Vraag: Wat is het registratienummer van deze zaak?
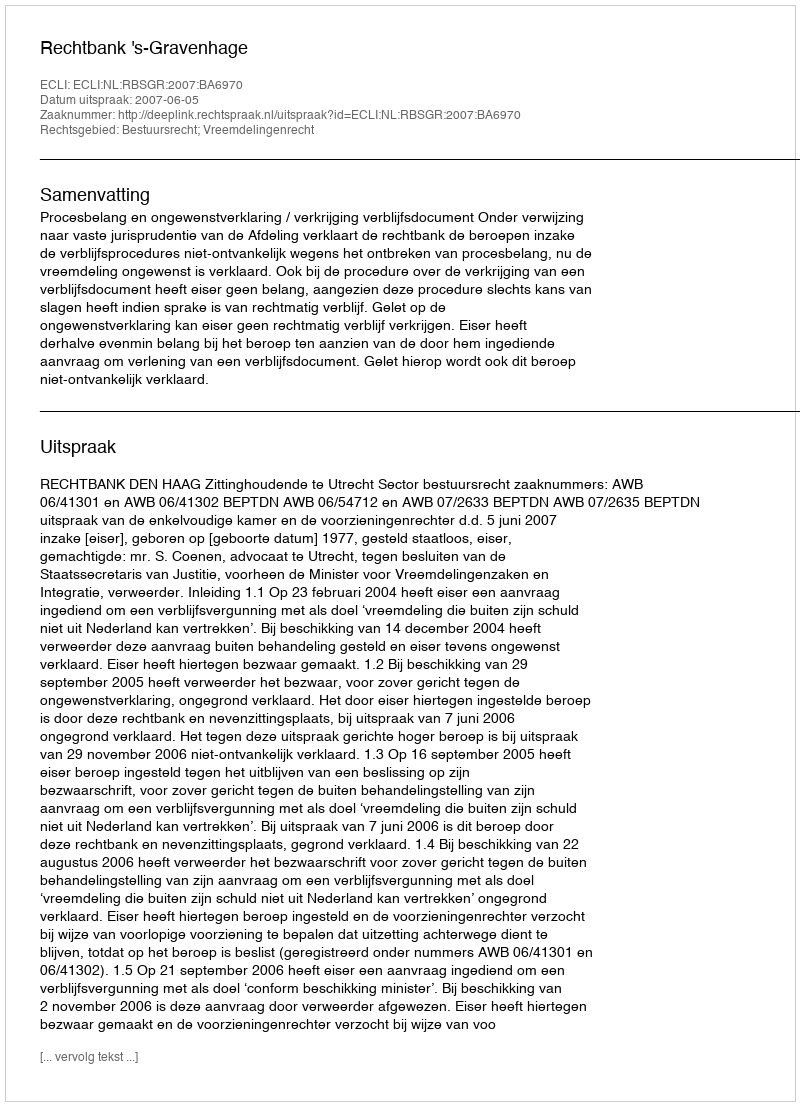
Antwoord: http://deeplink.rechtspraak.nl/uitspraak?id=ECLI:NL:RBSGR:2007:BA6970